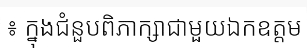
៖ ក្នុងជំនួបពិភាក្សាជាមួយឯកឧត្តម